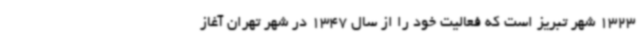
1323 شهر تبریز است که فعالیت خود را از سال 1347 در شهر تهران آغاز